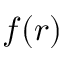
f ( r )